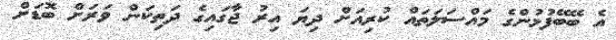
އެ ބޭބޭފުޅުންގެ މައްސަލަތައް ކުރިއަށް ދިޔަ އިރު ޖާގައިގެ ދަތިކަން ވަރަށް ބޮޑަށް